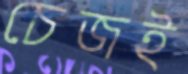
চেজই